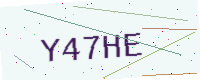
Text: Y47HE